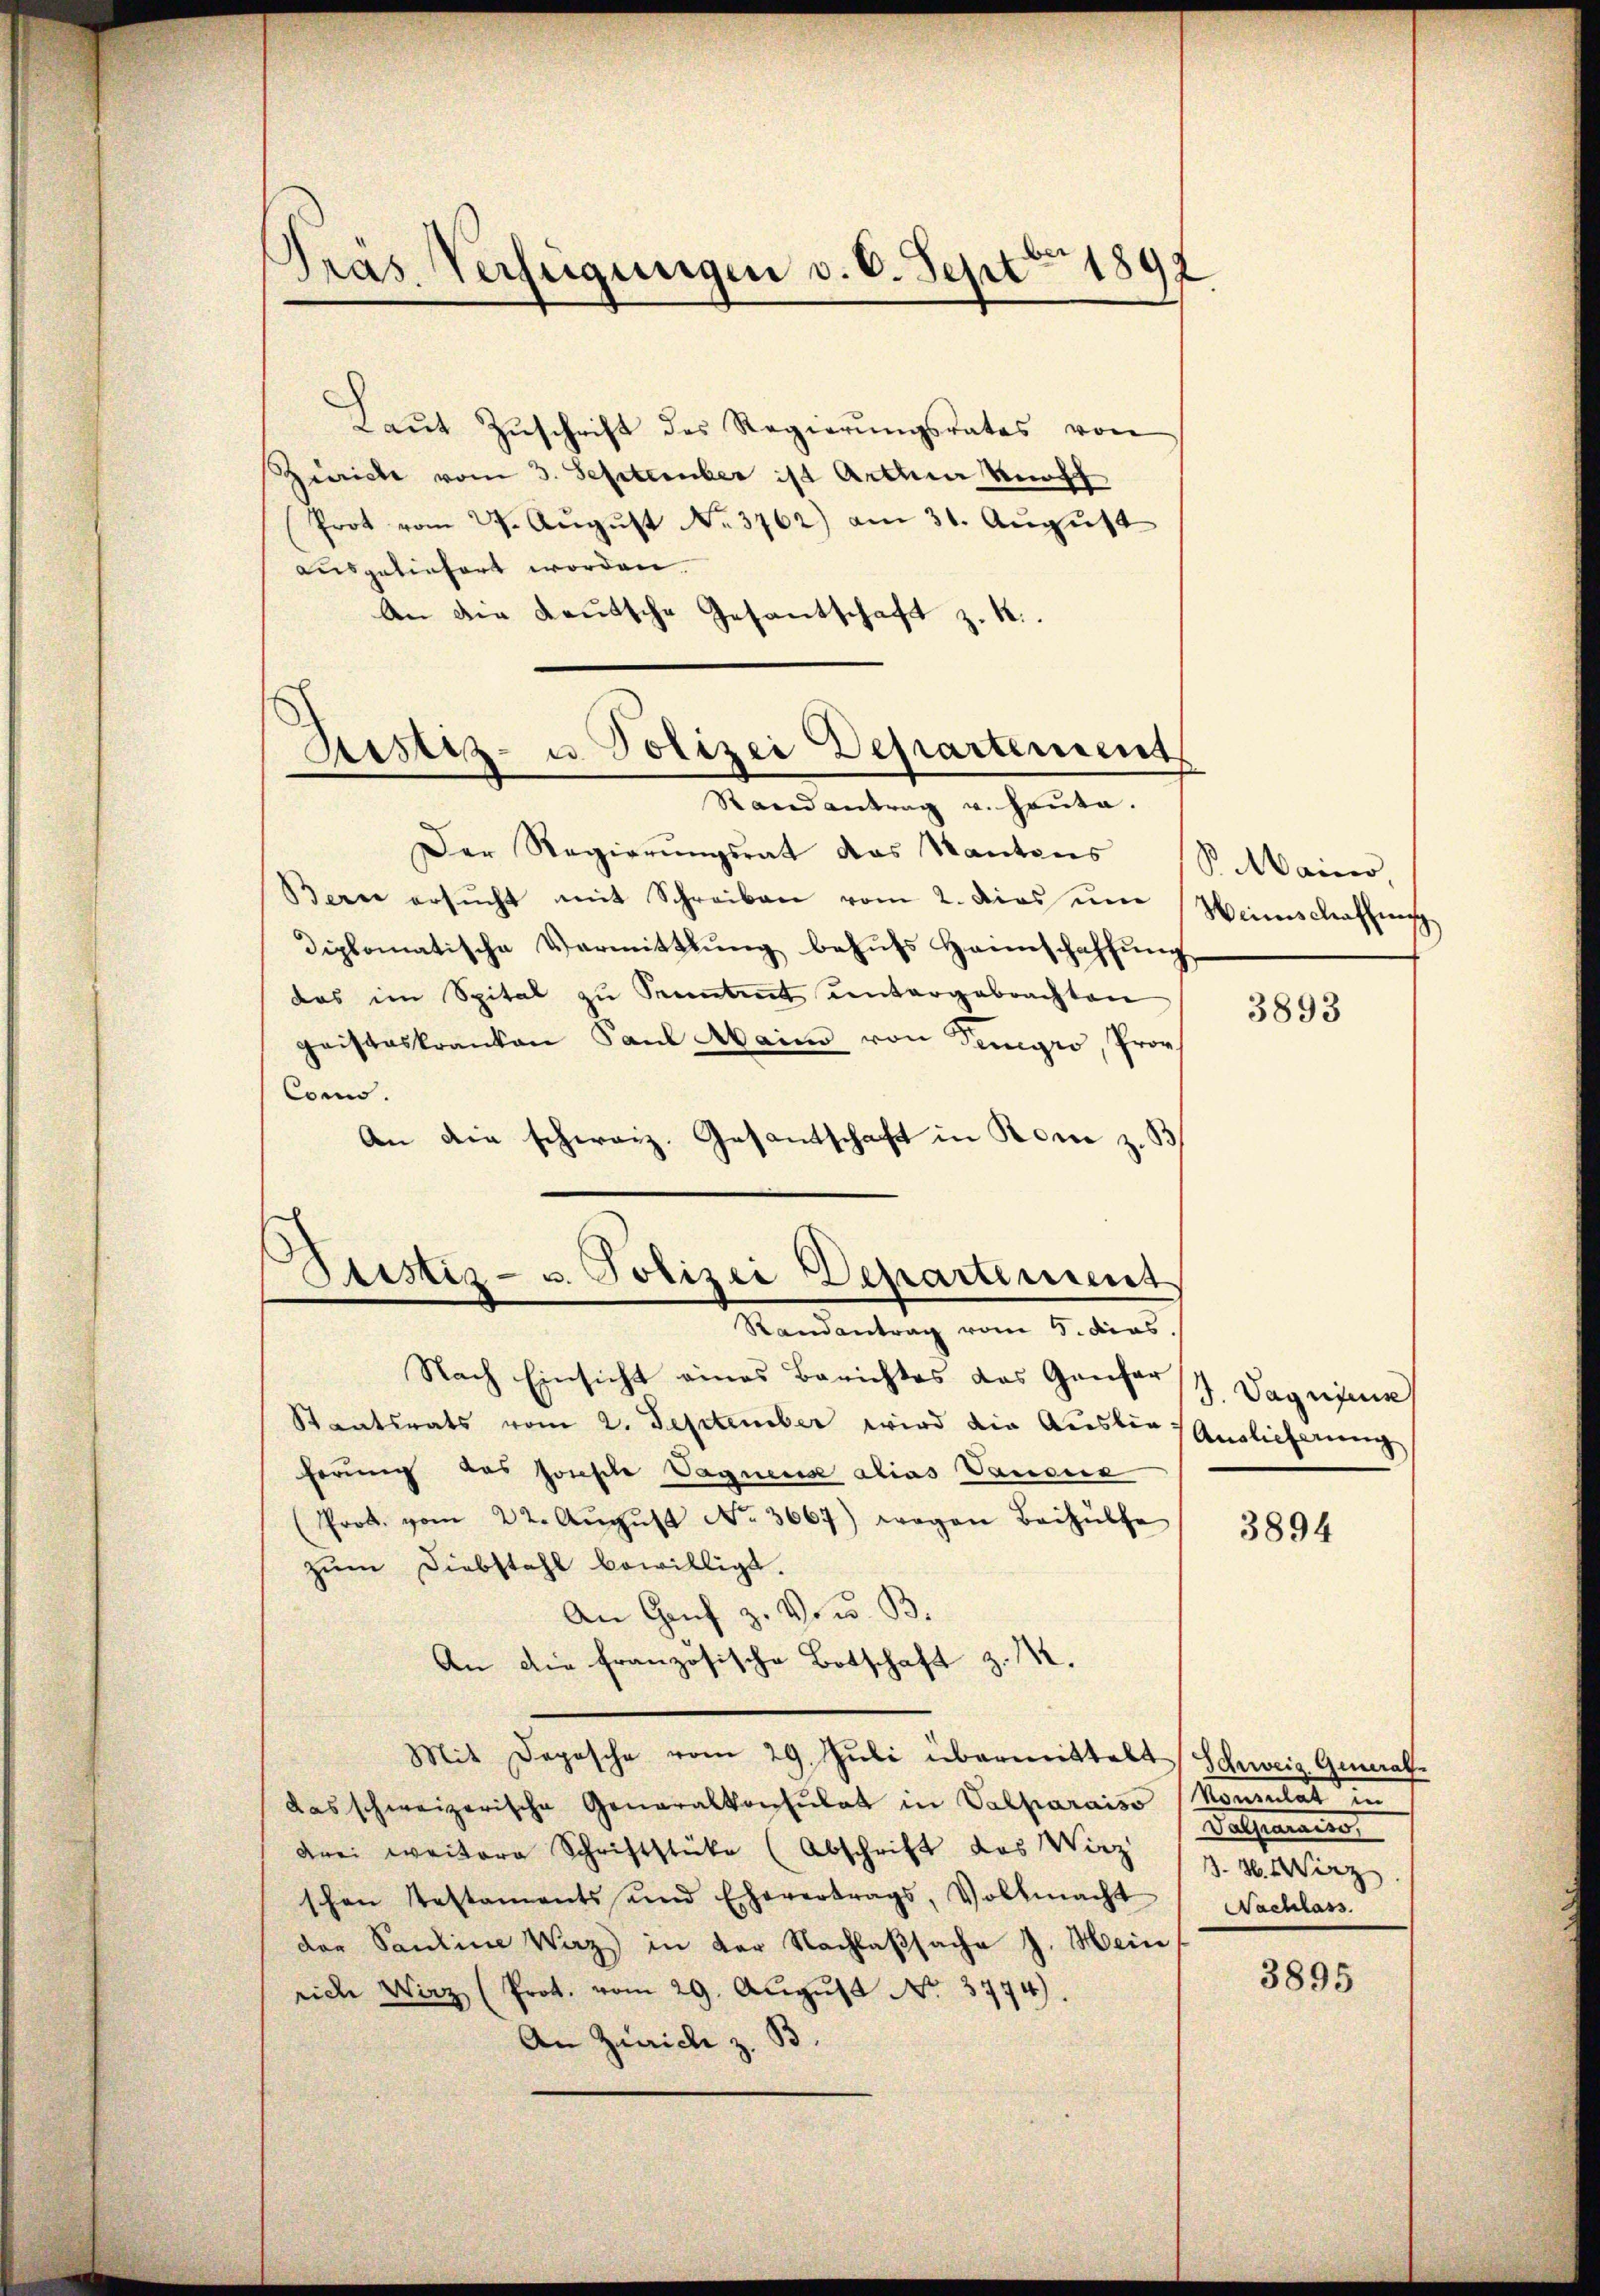
Präs Verfügungen v. 6. Sept 189

Laŭt Zŭschrift des Regierŭngsrates von
Zürich vom 3. September ist Arthur Koff
Prot vom 29. August No. 3762) am 31. August
ausgeliefert worden.
An die deutsche Gesantschaft z. R.
¬
Ristiz- u. Polizei Departement

Randantrag v. Hauta.

Der Regierŭngsrat das Kantons
Berne ersŭcht mit Schreiben vom 2. Dies un
diplomatische Vermittlung behufs Heimschaffung
das im Spital zu Seitet untergebrachten
geisteskranken Paul Maimo von Teigro, Prov
Conno.
An die schweiz. Gesandtschaft in Rom z. B
Nach Einsicht eines Berichtes das Genfer
Staatsrats vom 2. September wird die Auslie Anglicherung
herung des Jonesche Vagners alias Vaudne
Prok. vom 22. Aŭgŭst No. 3667) wegen Beihülfe
zum Diebstahl bewilligt.
An Genf z. V. w. B.
An die französische Botschaft z. M.
Mit Deposche vom 29. Jŭli übermittelt Schweiz General
das schweizerische Generalkonsulat in Valparaiso (Konsulat in
drei weiter Schrift (Abschrift des Wirz (Z. 4. März
schon Testaments und Ehevertrags, Vollmacht Nachlass
der Santine Wirz in der Nachlaßsache J. Hein
riche Wirz (Prot. vom 29. August No. 3774).
An Zürich z. B.

Stistiz- u. Polizei Departement
Randantrag vom 5. dies

PMMainer,
Heimschaffung.

3893

J. Daguine

3894

Dathemanns

3895